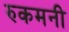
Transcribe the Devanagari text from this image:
रुकमनी